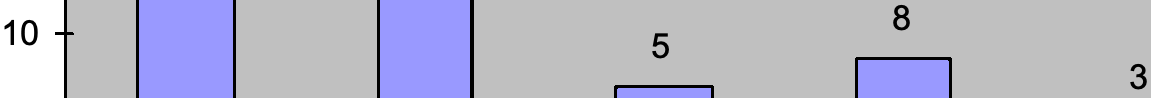
8 10                   5 3